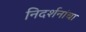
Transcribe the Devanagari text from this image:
निदर्शनांचा